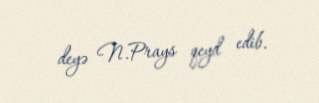
deyə N.Prays qeyd edib.